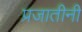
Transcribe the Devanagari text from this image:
प्रजातीनी